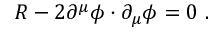
R - 2 \partial ^ { \mu } \phi \cdot \partial _ { \mu } \phi = 0 \ .